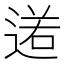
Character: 𨔏